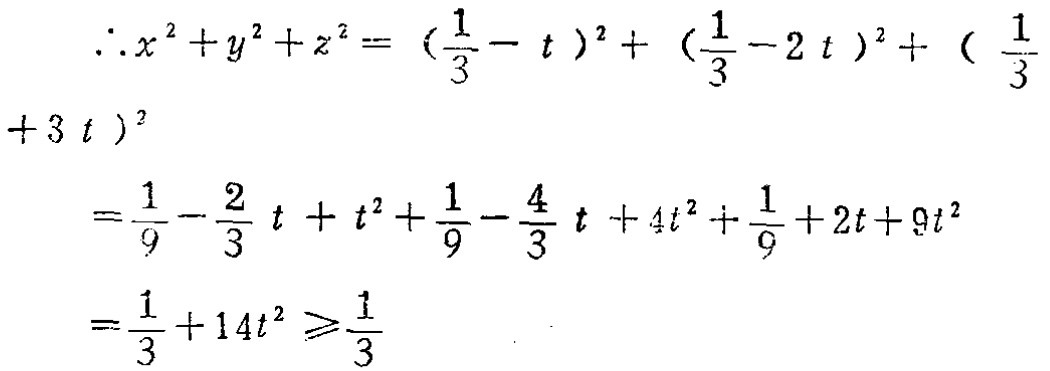
\[
\begin{align*}
\therefore x^{2}+y^{2}+z^{2}&=(\frac{1}{3}-t)^{2}+(\frac{1}{3}-2t)^{2}+(\frac{1}{3}+3t)^{2}\\
&=\frac{1}{9}-\frac{2}{3}t + t^{2}+\frac{1}{9}-\frac{4}{3}t + 4t^{2}+\frac{1}{9}+2t + 9t^{2}\\
&=\frac{1}{3}+14t^{2}\geqslant\frac{1}{3}
\end{align*}
\]